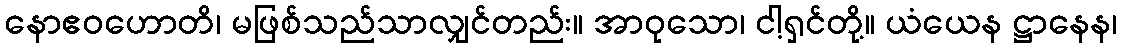
နောဧဝဟောတိ၊ မဖြစ်သည်သာလျှင်တည်း။ အာဝုသော၊ ငါ့ရှင်တို့။ ယံယေန ဋ္ဌာနေန၊